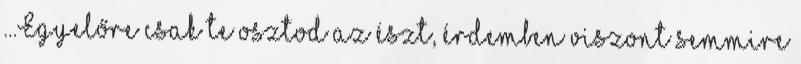
...Egyelőre csak te osztod az észt, érdemben viszont semmire